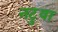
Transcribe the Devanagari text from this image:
नटुवा